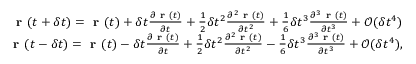
\begin{array} { r } { \textbf { r } ( t + \delta t ) = \textbf { r } ( t ) + \delta t \frac { \partial \textbf { r } ( t ) } { \partial t } + \frac { 1 } { 2 } \delta t ^ { 2 } \frac { \partial ^ { 2 } \textbf { r } ( t ) } { \partial t ^ { 2 } } + \frac { 1 } { 6 } \delta t ^ { 3 } \frac { \partial ^ { 3 } \textbf { r } ( t ) } { \partial t ^ { 3 } } + \mathcal { O } ( \delta t ^ { 4 } ) } \\ { \textbf { r } ( t - \delta t ) = \textbf { r } ( t ) - \delta t \frac { \partial \textbf { r } ( t ) } { \partial t } + \frac { 1 } { 2 } \delta t ^ { 2 } \frac { \partial ^ { 2 } \textbf { r } ( t ) } { \partial t ^ { 2 } } - \frac { 1 } { 6 } \delta t ^ { 3 } \frac { \partial ^ { 3 } \textbf { r } ( t ) } { \partial t ^ { 3 } } + \mathcal { O } ( \delta t ^ { 4 } ) , } \end{array}